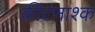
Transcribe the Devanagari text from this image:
कीटनाश्क